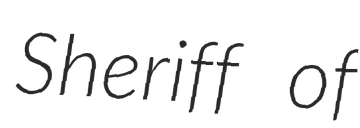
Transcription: Sheriff of